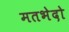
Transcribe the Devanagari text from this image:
मतभेदो